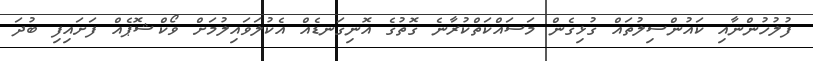
ފުލުހުންނާއި ކައުންސިލުތައް ގުޅިގެން މަސައްކަތްކުރާނެ ގޮތުގެ އޮނިގަނޑެއް އެކުލަވައިލުމަށް ވޯކްޝޮޕެއް ފަށައިފި ބުދަ